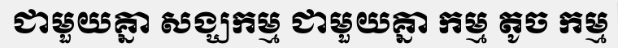
ជាមួយគ្នា សង្ឃកម្ម ជាមួយគ្នា កម្ម តូច កម្ម